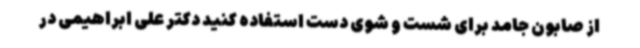
از صابون جامد برای شست و شوی دست استفاده کنید دکتر علی ابراهیمی در